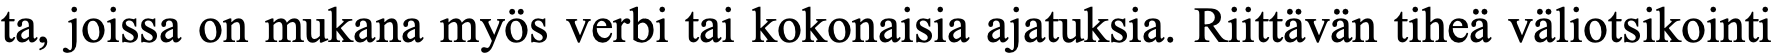
ta, joissa on mukana myös verbi tai kokonaisia ajatuksia. Riittävän tiheä väliotsikointi